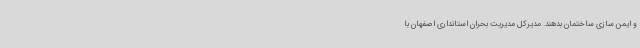
و ایمن سازی ساختمان بدهند. مدیرکل مدیریت بحران استانداری اصفهان با